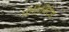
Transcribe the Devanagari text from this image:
प्रोहिबिटेड